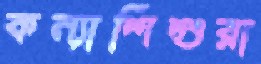
কন্যাশিশুরা